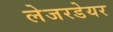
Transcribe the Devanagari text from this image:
लेजरडेयर